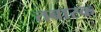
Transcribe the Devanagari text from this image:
तबारक